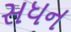
સધન